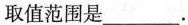
取值范围是___.